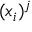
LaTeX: ( x _ { i } ) ^ { j }